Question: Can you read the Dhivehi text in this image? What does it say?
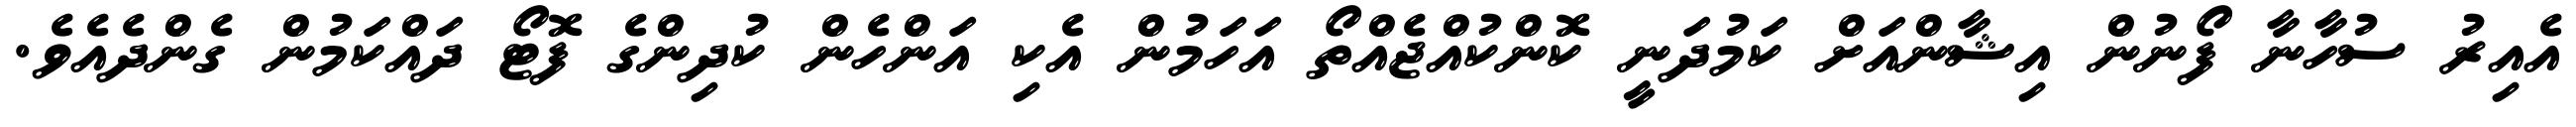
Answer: އެއިރު ސުހާނާ ފޯނުން އިޝާންއަށް ކަމުދަނީ ކޮންކުއްޖެއްތޯ އަހަމުން އެކި އަންހެން ކުދިންގެ ފޮޓޯ ދައްކަމުން ގެންދެއެވެ.